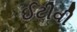
ઈટીવી